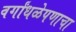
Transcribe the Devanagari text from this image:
वर्गांधळेपणाचा